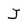
Character: J